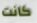
كانت